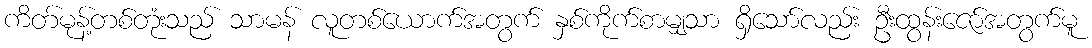
ကိတ်မုန့်တစ်တုံးသည် သာမန် လူတစ်ယောက်အတွက် နှစ်ကိုက်စာမျှသာ ရှိသော်လည်း ဦးထွန်းဇော်အတွက်မူ